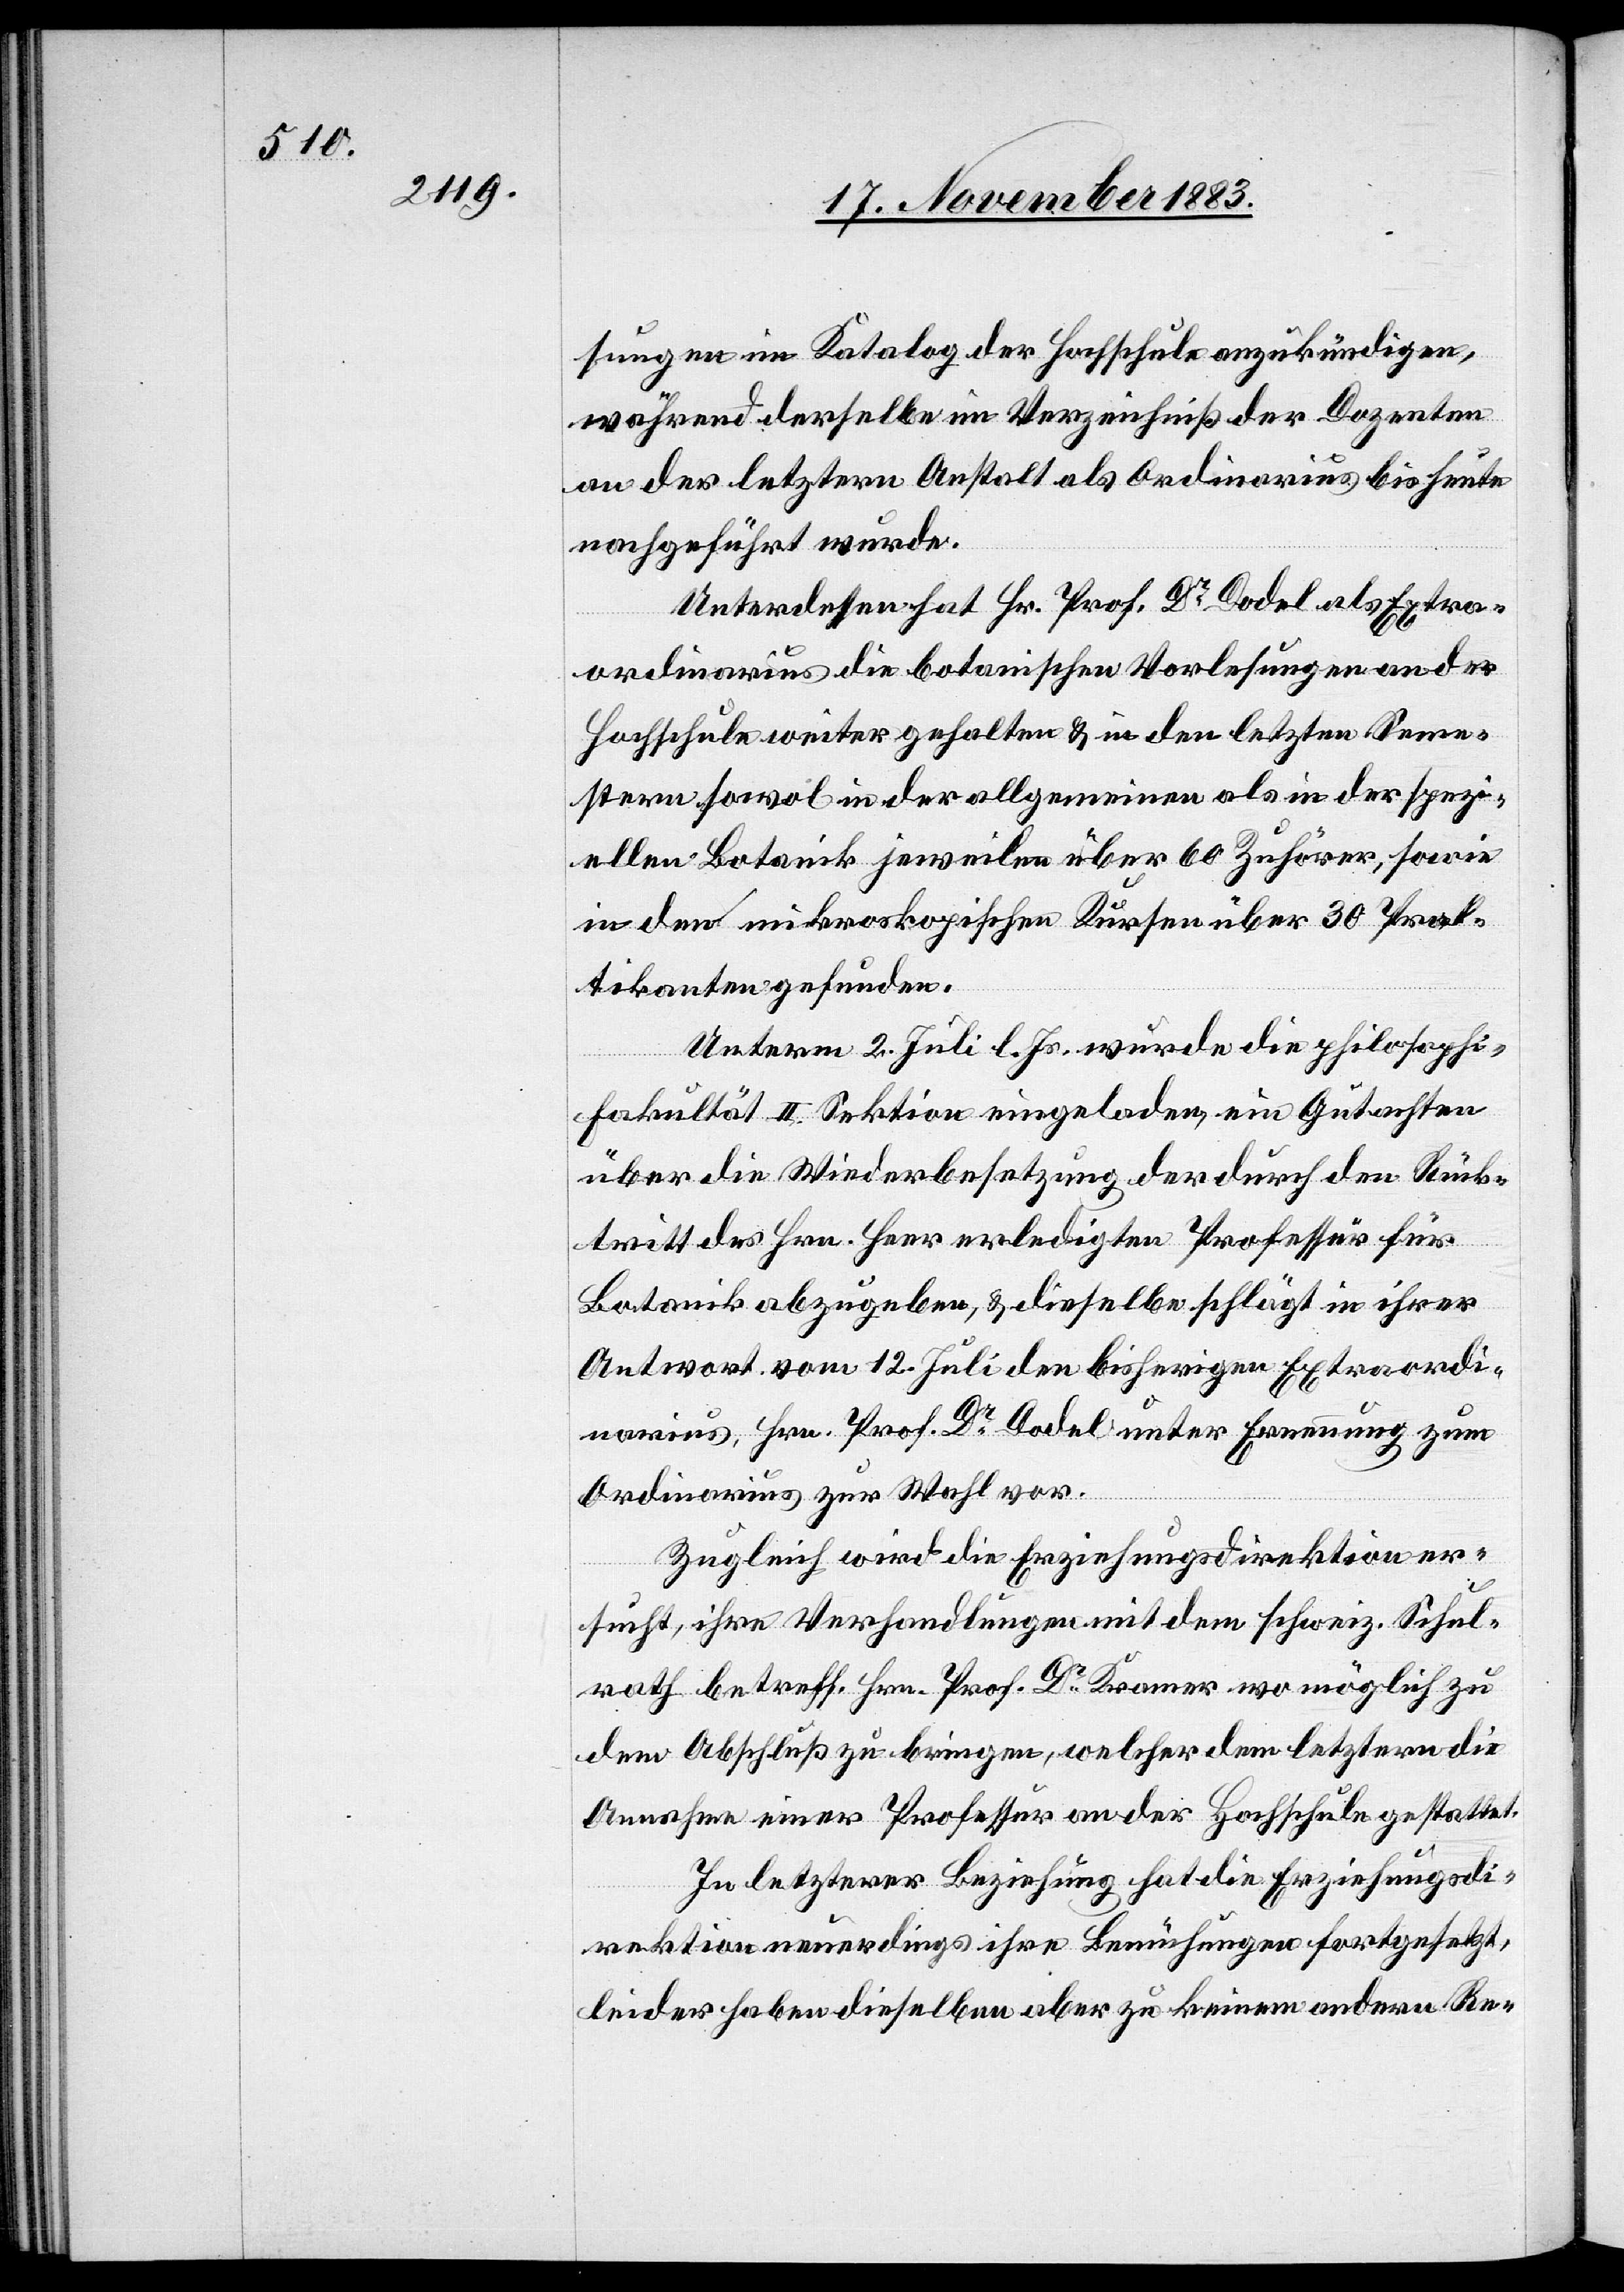
sungen im Katalog der Hochschule anzukündigen,
während derselbe im Verzeichniß der Dozenten
an der letztern Anstalt als Ordinarius bis heute
nachgeführt wurde.
Unterdessen hat Hr. Prof. Dr Dodel als Extra¬
ordinarius die botanischen Vorlesungen an der
Hochschule weiter gehalten & in den letzten Seme¬
stern sowol in der allgemeinen als in der spezi¬
ellen Botanik jeweilen über 60 Zuhörer, sowie
in den mikroskopischen Kursen über 30 Prak¬
tikanten gefunden.
Unterm 2. Juli l. Js. wurde die philosophi-
Fakultät II. Sektion eingeladen, ein Gutachten
über die Wiederbesetzung der durch den Rück¬
tritt des Hrn. Heer erledigten Professur für
Botanik abzugeben, & dieselbe schlägt in ihrer
Antwort vom 12. Juli den bisherigen Extraordi¬
narius, Hrn. Prof. Dr Dodel unter Ernennung zum
Ordinarius zur Wahl vor.
Zugleich wird die Erziehungsdirektion er¬
sucht, ihre Verhandlungen mit dem schweiz. Schul¬
rath betreff. Hrn. Prof. Dr Kramer wo möglich zu
dem Abschluß zu bringen, welcher dem letztern die
Annahme einer Professur an der Hochschule gestattet.
In letzterer Beziehung hat die Erziehungsdi¬
rektion neuerdings ihre Bemühungen fortgesetzt,
leider haben dieselben aber zu keinem andern Re-